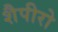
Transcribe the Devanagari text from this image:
शैपीरो